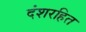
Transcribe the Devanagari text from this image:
दंशरहित